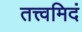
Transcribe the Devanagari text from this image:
तत्त्वमिदं